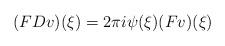
LaTeX: \begin{align*} ( F D v ) ( \xi ) = 2 \pi i \psi ( \xi ) ( F v ) ( \xi )\end{align*}